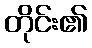
တိုင်း၏